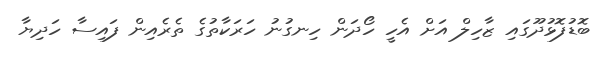
ބޮޑުފޮޅުދޫގައި ޒާހިލް އަށް އެހީ ހޯދަން ހިނގުނު ހަރަކާތުގެ ތެރެއިން ފައިސާ ހަދިޔާ